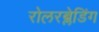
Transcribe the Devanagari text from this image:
रोलरब्लेडिंग